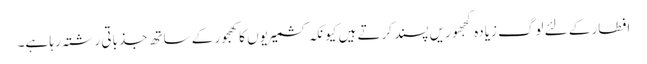
افطار کے لئے لوگ زیادہ کجھوریں پسند کرتے ہیں کیونکہ کشمیریوں کا کھجور کے ساتھ جذباتی رشتہ رہا ہے۔